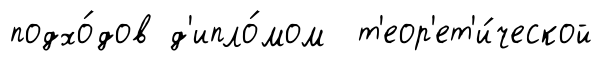
подхо́дов д'ипло́мом т'еор'ет'и́ческой